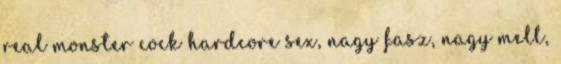
real monster cock hardcore sex, nagy fasz, nagy mell,